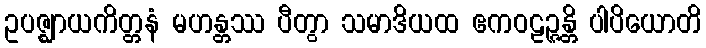
ဥပဇ္ဈာယကိတ္တနံ မဟန္တဿ ပီတွာ သမာဒိယထ ဧကဝဠဉ္ဇန္တိ ပါပိယောတိ